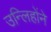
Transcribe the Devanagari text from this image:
उन्लिहोंने